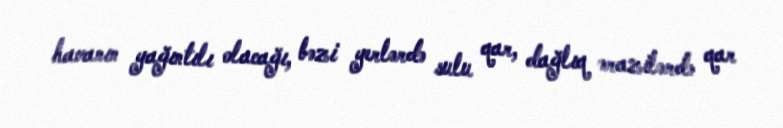
havanın yağıntılı olacağı, bəzi yerlərdə sulu qar, dağlıq ərazilərdə qar